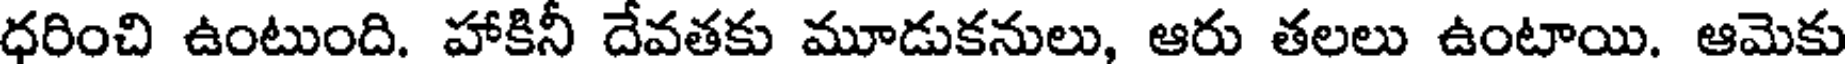
ధరించి ఉంటుంది. హాకినీ దేవతకు మూడుకనులు, ఆరు తలలు ఉంటాయి. ఆమెకు